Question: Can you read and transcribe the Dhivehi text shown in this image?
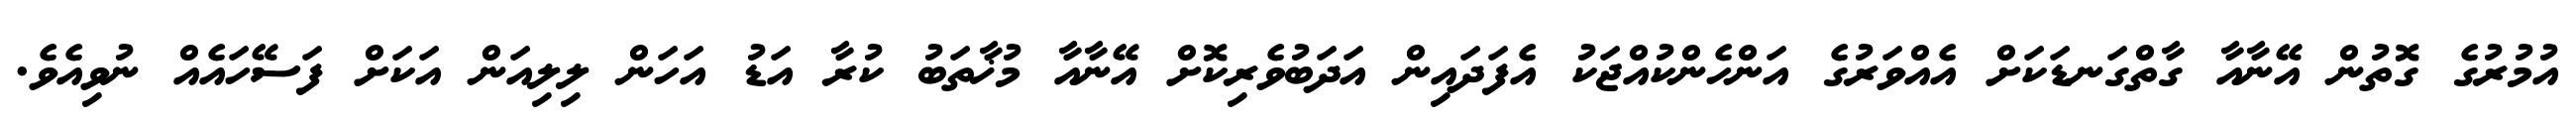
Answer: އުމުރުގެ ގޮތުން އޭނާއާ ގާތްގަނޑަކަށް އެއްވަރުގެ އަންހެންކުއްޖަކު އެފަދައިން އަދަބުވެރިކޮށް އޭނާއާ މުޚާތަބު ކުރާ އަޑު އަހަން ލިލިއަން އަކަށް ފަސޭހައެއް ނުވިއެވެ.